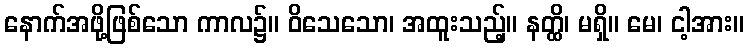
နောက်အဖို့ဖြစ်သော ကာလ၌။ ဝိသေသော၊ အထူးသည့်။ နတ္ထိ၊ မရှိ။ မေ၊ ငါ့အား။